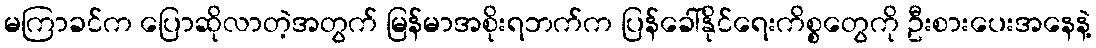
မကြာခင်က ပြောဆိုလာတဲ့အတွက် မြန်မာအစိုးရဘက်က ပြန်ခေါ်နိုင်ရေးကိစ္စတွေကို ဦးစားပေးအနေနဲ့